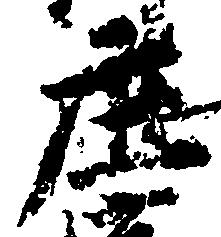
庄